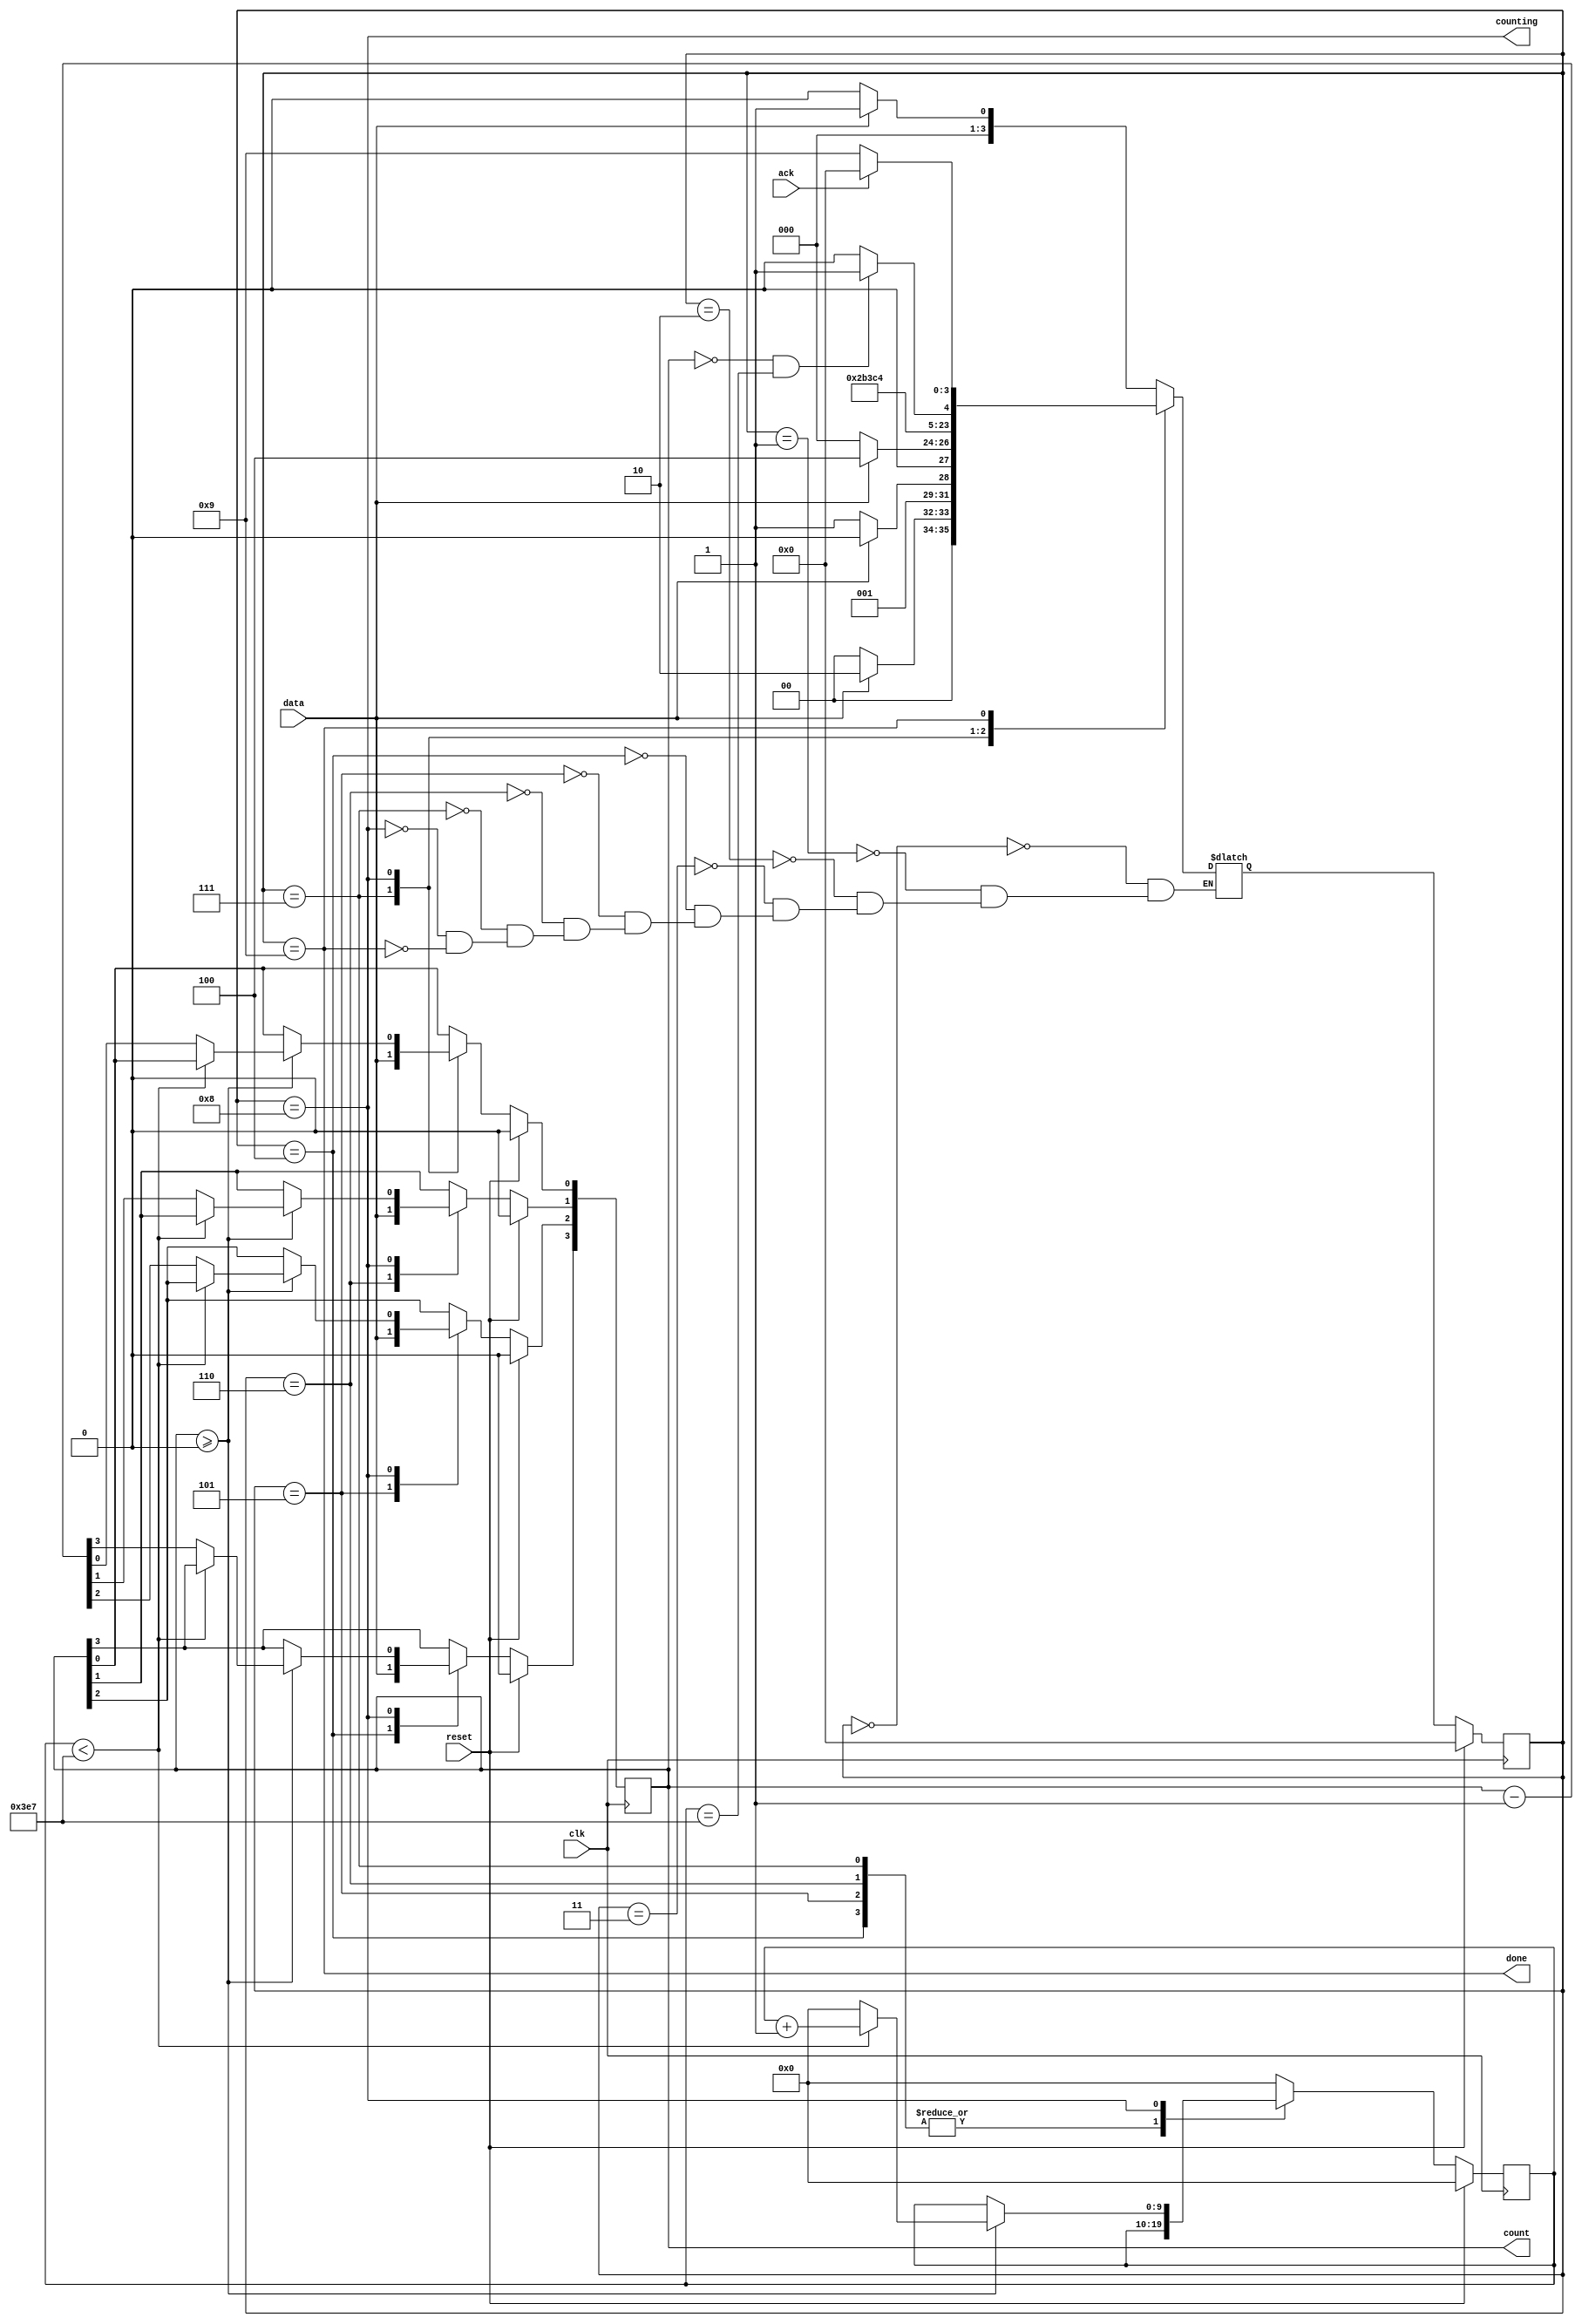
module top_module (
    input clk,
    input reset,      // Synchronous reset
    input data,
    output [3:0] count,
    output counting,
    output done,
    input ack );
    
    parameter idle=4'd0, s1=4'd1, s11=4'd2, s110=4'd3, b0=4'd4, b1=4'd5, b2=4'd6, b3=4'd7, counts=4'd8, waiting=4'd9;
    reg [3:0]	state, next_state;
    reg [9:0]	counter;
    always@(*) begin
        case(state)
            idle: begin
                if(data==1'b0)
                    next_state = idle;
                else
                    next_state = s1;
            end
            s1: begin
                if(data==1'b0)
                    next_state = idle;
                else
                    next_state = s11;
            end
            s11: begin
                if(data==1'b0)
                    next_state = s110;
                else
                    next_state = s11;
            end
            s110: begin
                if(data==1'b0)
                    next_state = idle;
                else
                    next_state = b0;
            end
            b0:		next_state = b1;
            b1:		next_state = b2;
            b2:		next_state = b3;
            b3:		next_state = counts;
            counts: begin
                if(count==0 && counter==999)
                    next_state = waiting;
                else
                    next_state = counts;
            end
            waiting: begin
                if(ack)
                    next_state = idle;
                else
                    next_state = waiting;
            end
        endcase
    end
    
    always@(posedge clk) begin
        if(reset) begin
           	count = 4'd0;
            counter = 10'd0;
        end
        else begin
            case(state)
                b0:	count[3] <= data;
                b1:	count[2] <= data;
                b2:	count[1] <= data;
                b3:	count[0] <= data;
                counts:	begin
                    if(count >=0) begin
                        if(counter < 999)
                            counter <= counter + 1'b1;
                        else begin
                            count <= count - 1'b1;
                            counter <= 10'd0;
                        end
                    end
                end
                default:	counter <= 10'd0;
            endcase
        end
    end
    
    always@(posedge clk) begin
        if(reset)
            state <= idle;
        else
            state <= next_state;
    end

    assign	counting = (state==counts);
    assign	done = (state==waiting);
    
endmodule